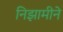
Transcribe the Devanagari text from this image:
निझामीने